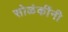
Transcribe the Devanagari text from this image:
सोळंकींनी